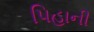
પિહાની